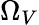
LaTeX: \Omega_{V}